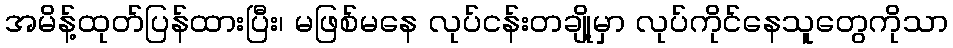
အမိန့်ထုတ်ပြန်ထားပြီး၊ မဖြစ်မနေ လုပ်ငန်းတချို့မှာ လုပ်ကိုင်နေသူတွေကိုသာ